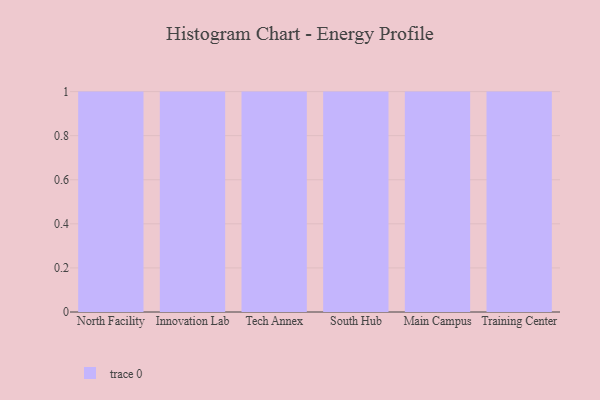
{"axis": {"x": "Campus", "y": "Inventory Turnover"}, "legend": [""], "data": [{"x": "North Facility", "y": 82, "type": ""}, {"x": "Innovation Lab", "y": 47, "type": ""}, {"x": "Tech Annex", "y": 2, "type": ""}, {"x": "South Hub", "y": 46, "type": ""}, {"x": "Main Campus", "y": 91, "type": ""}, {"x": "Training Center", "y": 23, "type": ""}]}